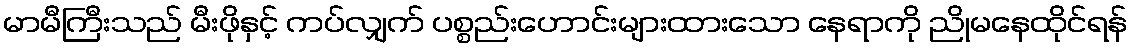
မာမီကြီးသည် မီးဖိုနှင့် ကပ်လျှက် ပစ္စည်းဟောင်းများထားသော နေရာကို ညိုမနေထိုင်ရန်